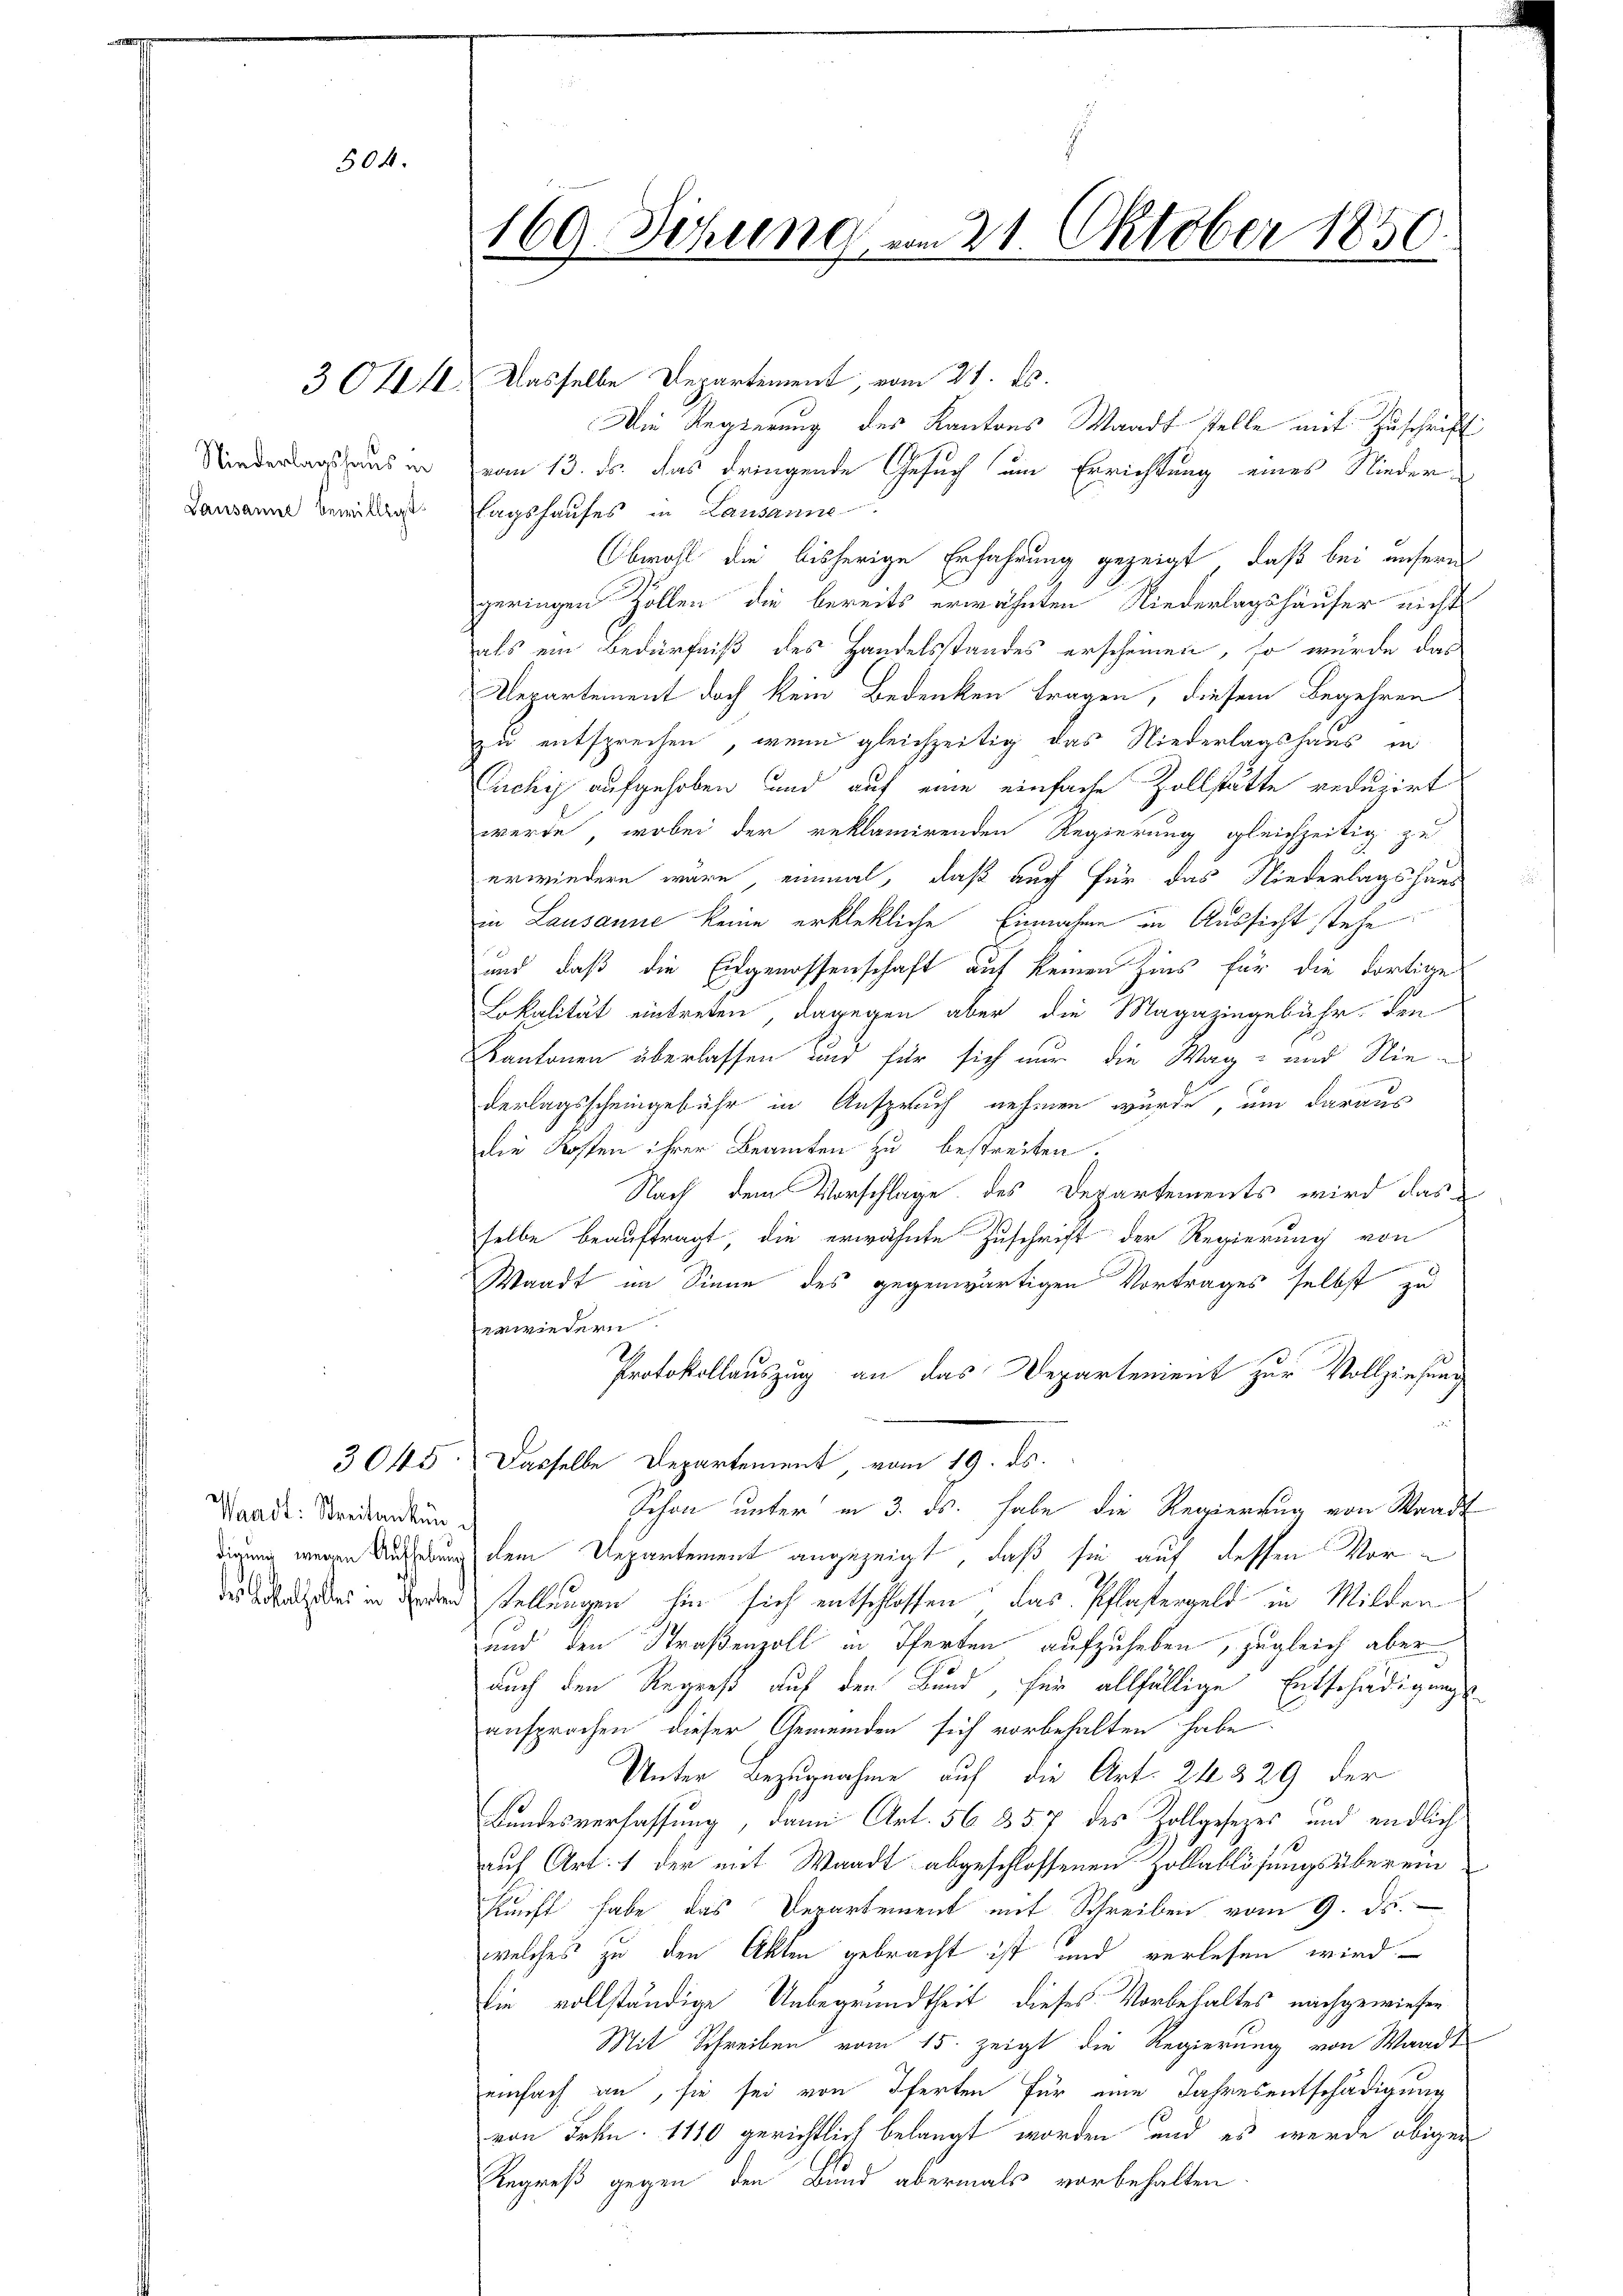
504.

Niederlagshaus in
Lausanne bewilligt

Waadt: Streitenkundigung wegen Aufhebung
.
151
des Lokalfalles in Pferten

169. Sitzung am 21. Oktober 1850.

3O1111. Dasselbe Departement, vom 21. ds.
Die Regierung des Kantons Waadt stelle mit Zuschrift
vom 13. ds. das dringende Gesuch um Errichtung eines Nieder-
tagshauses in Lausanne
Obwohl die bisherige Erfahrung gezeigt, daß bei unsere
geringen Zollen die bereits erwähnten Niederlagshäuser nichts
als ein Bedürfniß des Handelsstandes erscheinen, so würde das
Repartement doch kein Bedenken tragen, diesem Begehren
zu entsprechen, wenn gleichzeitig das Niederlagshaus in
Cichy aufgehoben und auf eine einfache Zollstätte reduzirt
werde, wobei der reklamirenden Regierung gleichzeitig zu
erwiedern wäre einmal, daß auch für das Niederlagshaus
in Lausanne keine erklekliche Einnahme in Aussicht stehe
und, daß die Eidgenossenschaft auf keinen Zins für die dortige
Lokalität eintreten, dagegen aber die Magazingebühr den
Kantonen überlassen und für sich nur die Wag- und Niederlagsscheingebühr in Anspruch nehmen wurde, um daraus
die Kosten ihrer Beamten zu bestreiten.
Nach dem Vorschlage des Departements wird das
selbe beauftragt die erwähnte Zuschrift der Regierung von
Waadt im Sinne des gegenwärtigen Vortrages selbst zu
erwiedern.
Protokollauszug an das Departement zur Vollziehung
3045. Dasselbe Departement vom 19. ds.
Schon unter in 3. ds. habe die Regierung von Waadt
dem Departement angezeigt, daß sie auf dessen Vor¬
3
stellungen hin sich entschlossen das Pflastergeld in Milden
und den Straßenzoll in Pferten aufzuheben, zugleich aber
auch den Regreß auf den Bund, für allfällige Entschädigungs-
ansprochen dieser Gemeinden sich vorbehalten habe
Unter Bezugnahme auf die Art. 24329 der
Bundesverfassung, dann Art. 56 357 des Zollgesezes und endlich
auf Art. 1 der mit Waadt abgeschlossenen Zollablösungsüberein
kunft habe das Departement mit Schreiben vom 9. ds.
welches zu den Akten gebracht ist und verlesen wird
Die vollständige Unbegrundtheit dieses Vorbehaltes nachgewiesen
Mit Schreiben vom 15. zeigt die Regierung von Waadt
einfach an, sie sei von Pferten für eine Jahresentschädigung
von Frkn. 1110 gerichtlich belangt worden und es werde obigen
Regreß gegen den Bund abermals vorbehalten.